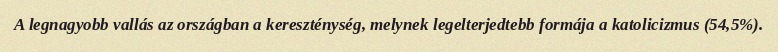
A legnagyobb vallás az országban a kereszténység, melynek legelterjedtebb formája a katolicizmus (54,5%).